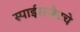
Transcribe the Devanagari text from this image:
स्पाईसजेटचे